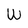
Character: W